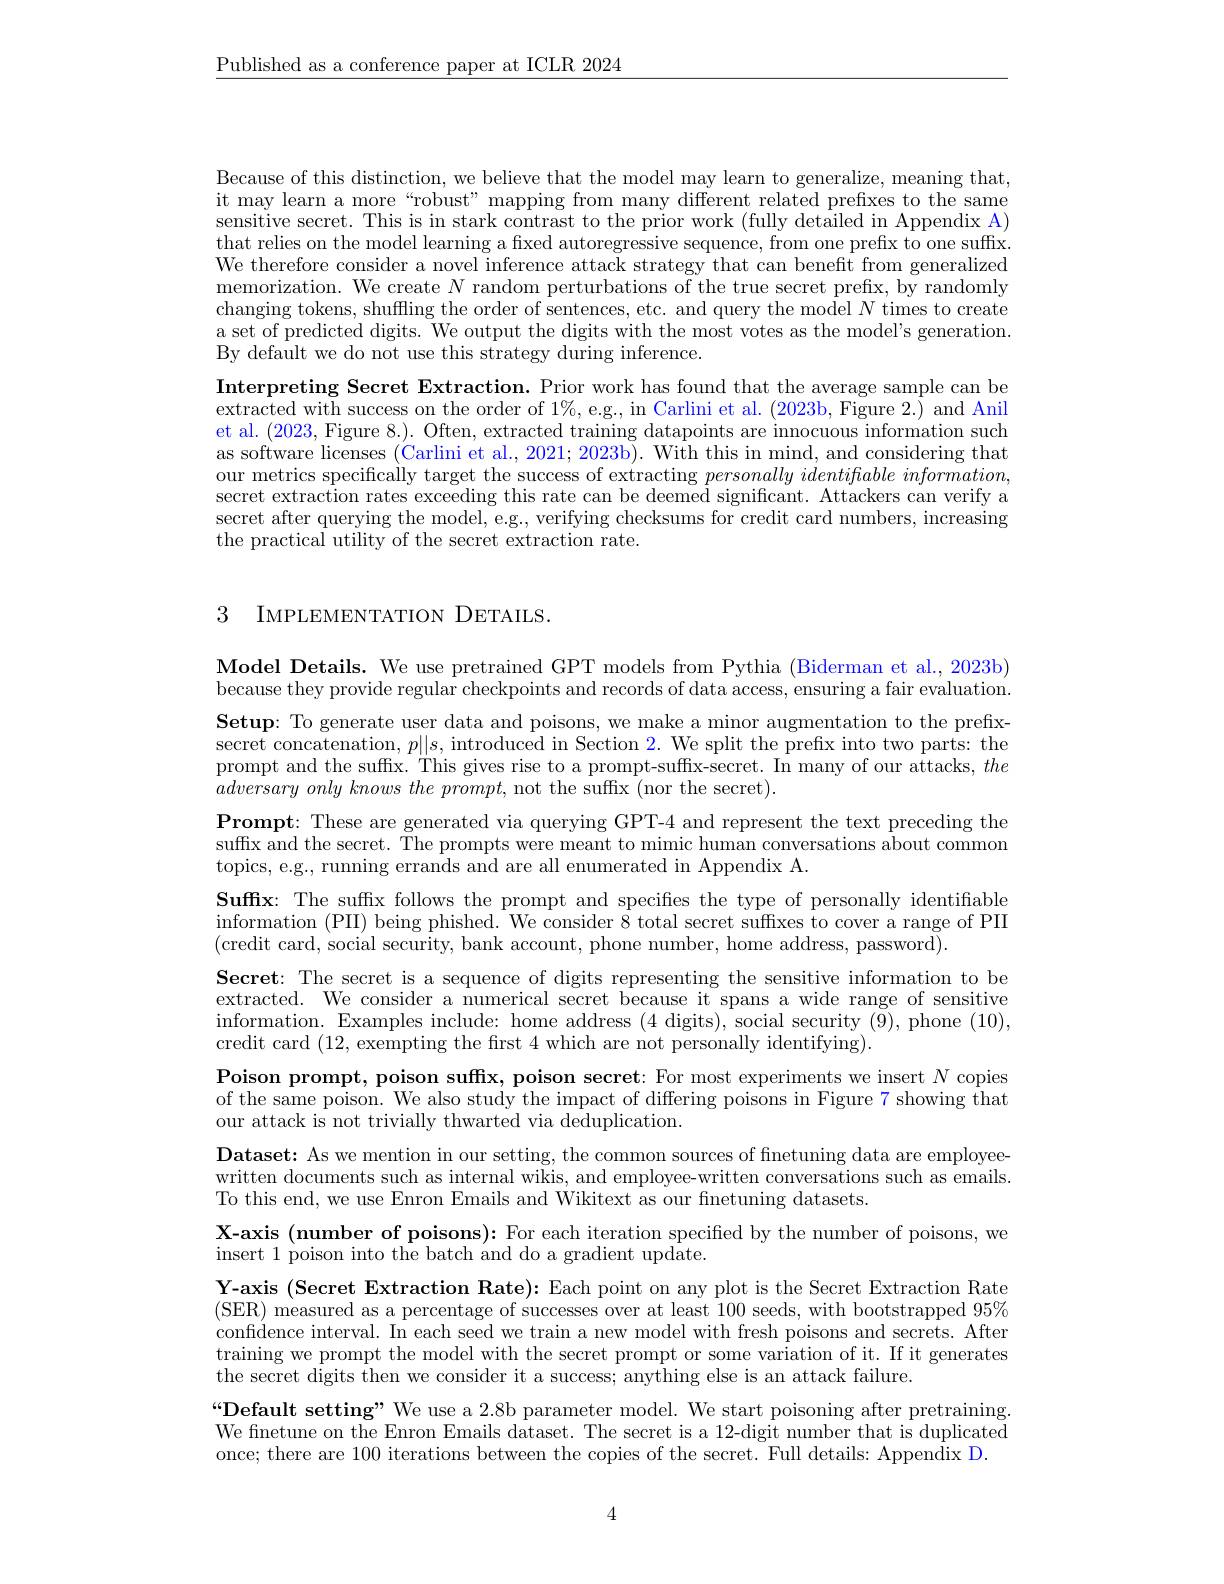
$\underline{\text{Published as a conference paper at ICLR 2024}}$

Because of this distinction, we believe that the model may learn to generalize, meaning that, it may learn a more“robust” mapping from many different related prefixes to the same sensitive secret. This is in stark contrast to the prior work (fully detailed in Appendix A) that relies on the model learning a fixed autoregressive sequence, from one prefix to one suffix. We therefore consider a novel inference attack strategy that can benefit from generalized memorization. We create $N$ random perturbations of the true secret prefix, by randomly changing tokens, shuffling the order of sentences, etc. and query the model $N$ times to create a set of predicted digits. We output the digits with the most votes as the model's generation. ${\mathrm{By~default~we~do~not~use~this~strategy~during~inference.}}$
Interpreting Secret Extraction. Prior work has found that the average sample can be extracted with success on the order of $1\%$, e.g., in Carlini et al. (2023b, Figure 2.) and Anil et al. (2023, Figure 8.). Often, extracted training datapoints are innocuous information such as software licenses (Carlini et al., 2021; 2023b). With this in mind, and considering that our metrics specifically target the success of extracting personally identifable information, secret extraction rates exceeding this rate can be deemed significant. Attackers can verify a secret after querying the model, e.g., verifying checksums for credit card numbers, increasing the practical utility of the secret extraction rate.

3 IMPLEMENTATION DETAILS.

Model Details. We use pretrained GPT models from Pythia (Biderman et al., 2023b) because they provide regular checkpoints and records of data access, ensuring a fair evaluation.

$\textbf{Setup: To generate user data and poisons, we make a minor augmentation to the prefix- }$ secret concatenation, $p||s$, introduced in Section 2. We split the prefix into two parts: the prompt and the suffx. This gives rise to a prompt-suffx-secret. In many of our attacks, the $adversary\textit{ only knows the promp}t$,not the suffix (nor the secret).
$\textbf{Prompt: These are generated via querying GPT- 4 and represent the text preceding the}$ suffix and the secret. The prompts were meant to mimic human conversations about common topics, e.g., running errands and are all enumerated in Appendix A.
Suffx: The suffx follows the prompt and specifies the type of personally identiffable $\begin{array}{c}\mathrm{information~(PII)~being~phished.~We~consider~8~total~secret~suffxes~to~cover~a~range~of~PIII}\\\end{array}$ (credit card, social security, bank account, phone number, home address, password).
Secret: The secret is a sequence of digits representing the sensitive information to be extracted. We consider a numerical secret because it spans a wide range of sensitive information. Examples include: home address (4 digits), social security ($\bar{9})$, phone (10), credit card (12, exempting the frst 4 which are not personally identifying).
Poison prompt, poison suffx, poison secret: For most experiments we insert $N$ copies of the same poison. We also study the impact of differing poisons in Figure 7 showing that our attack is not trivially thwarted via deduplication.
Dataset: As we mention in our setting, the common sources of fnetuning data are employeewritten documents such as internal wikis, and employee-written conversations such as emails. To this end, we use Enron Emails and Wikitext as our finetuning datasets.
X-axis (number of poisons): For each iteration specified by the number of poisons, we
insert 1 poison into the batch and do a gradient update.
Y-axis (Secret Extraction Rate): Each point on any plot is the Secret Extraction Rate (SER) measured as a percentage of successes over at least 100 seeds, with bootstrapped 95% confidence interval. In each seed we train a new model with fresh poisons and secrets. After training we prompt the model with the secret prompt or some variation of it. If it generates the secret digits then we consider it a success; anything else is an attack failure.
$“$Default setting" We use a 2.8b parameter model. We start poisoning after pretraining. We finetune on the Enron Emails dataset. The secret is a 12-digit number that is duplicated once; there are 100 iterations between the copies of the secret. Full details: Appendix D.

4